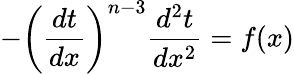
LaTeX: -\left({\frac{dt}{dx}}\right)^{n-3}{\frac{d^{2}t}{dx^{2}}}=f(x)